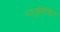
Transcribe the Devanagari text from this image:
धातुमिश्रित